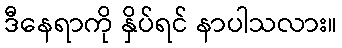
ဒီနေရာကို နှိပ်ရင် နာပါသလား။